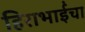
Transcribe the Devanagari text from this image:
हिराभाईंचा